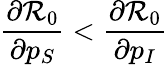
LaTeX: \frac{\partial\mathcal{R}_{0}}{\partial p_{S}}<\frac{\partial\mathcal{R}_{0}}{\partial p_{I}}